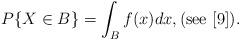
LaTeX: \begin{align*}P\{ X \in B \} = \int_B f(x) dx,(\textnormal{see} \,\, [9]).\end{align*}